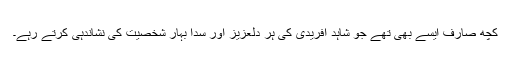
کچھ صارف ایسے بھی تھے جو شاہد آفریدی کی ہر دلعزیز اور سدا بہار شخصیت کی نشاندہی کرتے رہے۔